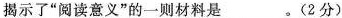
揭示了”阅读意义”的一则材料是___。(2分)